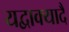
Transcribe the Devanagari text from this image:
यद्वाक्यादै